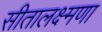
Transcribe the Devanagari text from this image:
सीतालक्ष्मणा